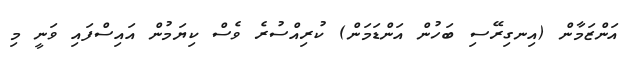
އަންޒަމާން (އިނގިރޭސި ބަހުން އަންޑަމަން) ކުރިއްސުރެ ވެސް ކިޔަމުން އައިސްފައި ވަނީ މި